Annual report of the Punjab Veterinary College and of the Civil Veterinary Department, Punjab - 1920-1925
Year: 1920
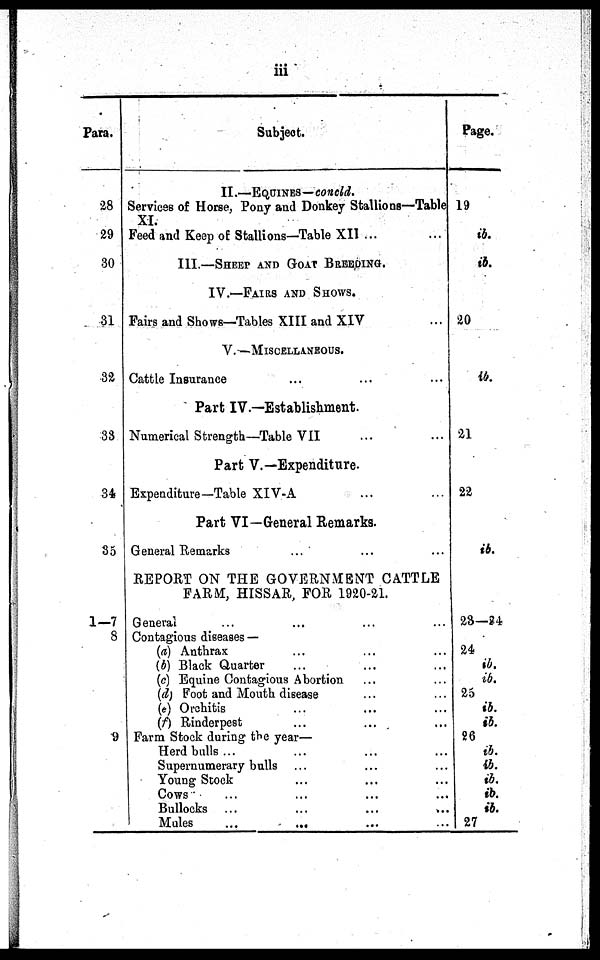
iii
Para.
28
29
30
31
32
33
34
35
1-7
8
9
Subject.
II.—EQUIES—concld.
Services of Horse, Pony and Donkey Stallions—Table
XI.
Feed and Keep of Stallions—Table XII ...
III.—SHEET AND GOAT BREEDING.
IV.—FAIRS AND SHOWS.
Fairs and Shows—Tables XIII and XIV
V.—MISCELLANEOUS.
Cattle Insurance ... ... ... ...
Part IV.—Establishment.
Numerical Strength—Table VII ... ... ... ... ...
Part V.—Expenditure. ... ... ... ...
Expenditure-Table XIV-A ... ...
Part VI—General Remarks.
General Remarks ... ... ... ... ...
REPORT ON THE GOVERNMENT CATTLE
FARM, HISSAR, FOR 1920-21.
General
Contagious diseases —
(a) Anthrax ... ... ... ...
(b) Black Quarter ... ... ... ...
(c) Equine Contagious Abortion ... ... ...
(d) Foot and Mouth disease ... ... ...
(e) Orchitis ... ... ... ...
(f) Rinderpest ... ... ... ...
Farm Stock during the year—
Herd bulls ... ... ... ...
Supernumerary bulls ... ... ... ... ...
Young Stock
Cows
Bullocks ...
...
...
...
...
Mules
Page.
19
ib.
ib.
20
ib.
21
22
ib.
23—24
24
ib.
ib.
25
ib.
ib.
26
ib.
ib.
ib.
ib.
ib.
27